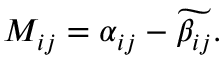
\begin{array} { r } { M _ { i j } = \alpha _ { i j } - \widetilde { \beta _ { i j } } . } \end{array}